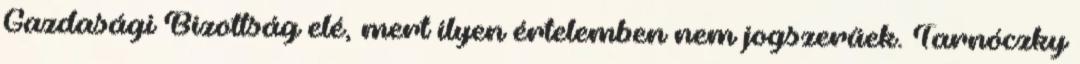
Gazdasági Bizottság elé, mert ilyen értelemben nem jogszerűek. Tarnóczky